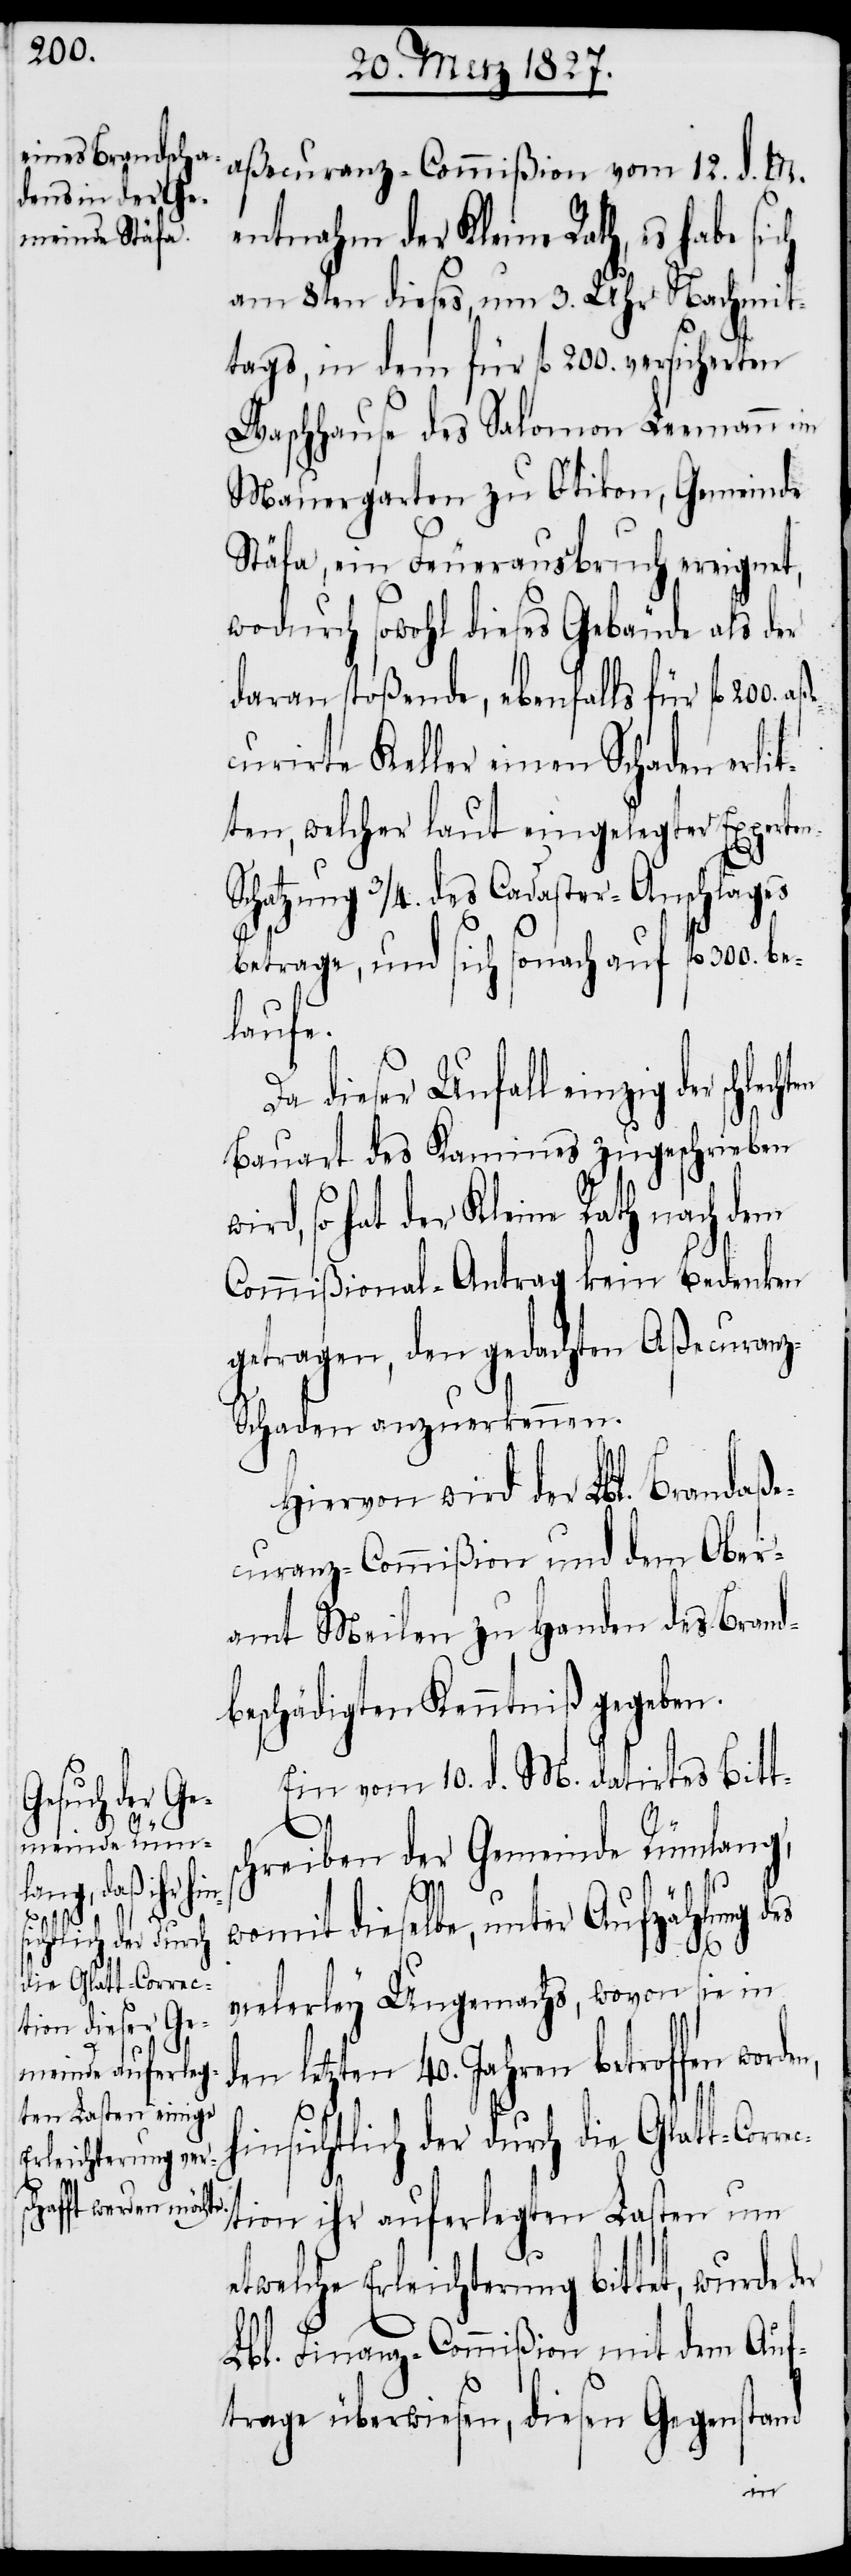
200.
rec¬

aßecuranz-Commißion vom 12. d. M.
entnahm der Kleine Rath, es
am 8ten dieses, um 3. Uhr Nachmit¬
tags, in dem für fl. 200. versicherten
Waschhause des Salomon Leemann im
Mauergarten zu Otikon, Gemeinde
Stäfa, ein Feuerausbruch ereignet,
wodurch sowohl dieses Gebäude als der
daran stoßende, ebenfalls für fl.
curirte Keller einen Schaden erlit¬
ten, welcher laut eingelegter Experte¬
¾. des Cadaster-Anschlages
betrage, und sich sonach auf fl. 300. be¬
laufe.
Da dieser Unfall einzig der
Bauart des Kamines zugeschrieben
so hat der Kleine Rath nach dem
Commißional-Antrag kein Bedenken
getragen, den gedachten Aßecuran¬
z-Schaden anzuerkennen.
Hiervon wird der Lbl. Brandaß¬
ecuranz-Commißion und dem Ober¬
amt Meilen zu Handen des Brand¬
beschädigten Kenntniß gegeben.
Ein vom 10. d. M. datirtes Bitt¬
chreiben der Gemeinde Rümlang,
aße¬
womit dieselbe, unter Aufzählung des
vielerley Ungemachs, wovon sie in
den letzten 40. Jahren betroffen
hinsichtlich der durch die Glatt-Cor¬
s¬
tion ihr auferlegten Lasten um
etwelche Erleichterung bittet, wurde
Lbl. Finanz-Commißion mit dem Auf¬
trage überwiesen, diesen Gegenstand